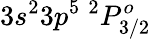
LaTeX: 3s^{2}3p^{5}~^{2}P_{3/2}^{o}